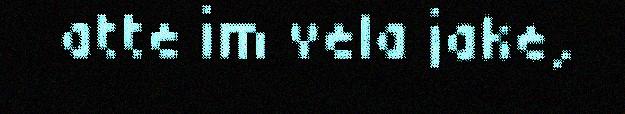
atte im vela jake,